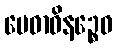
မေဓာဝိနဉ္စေဝ